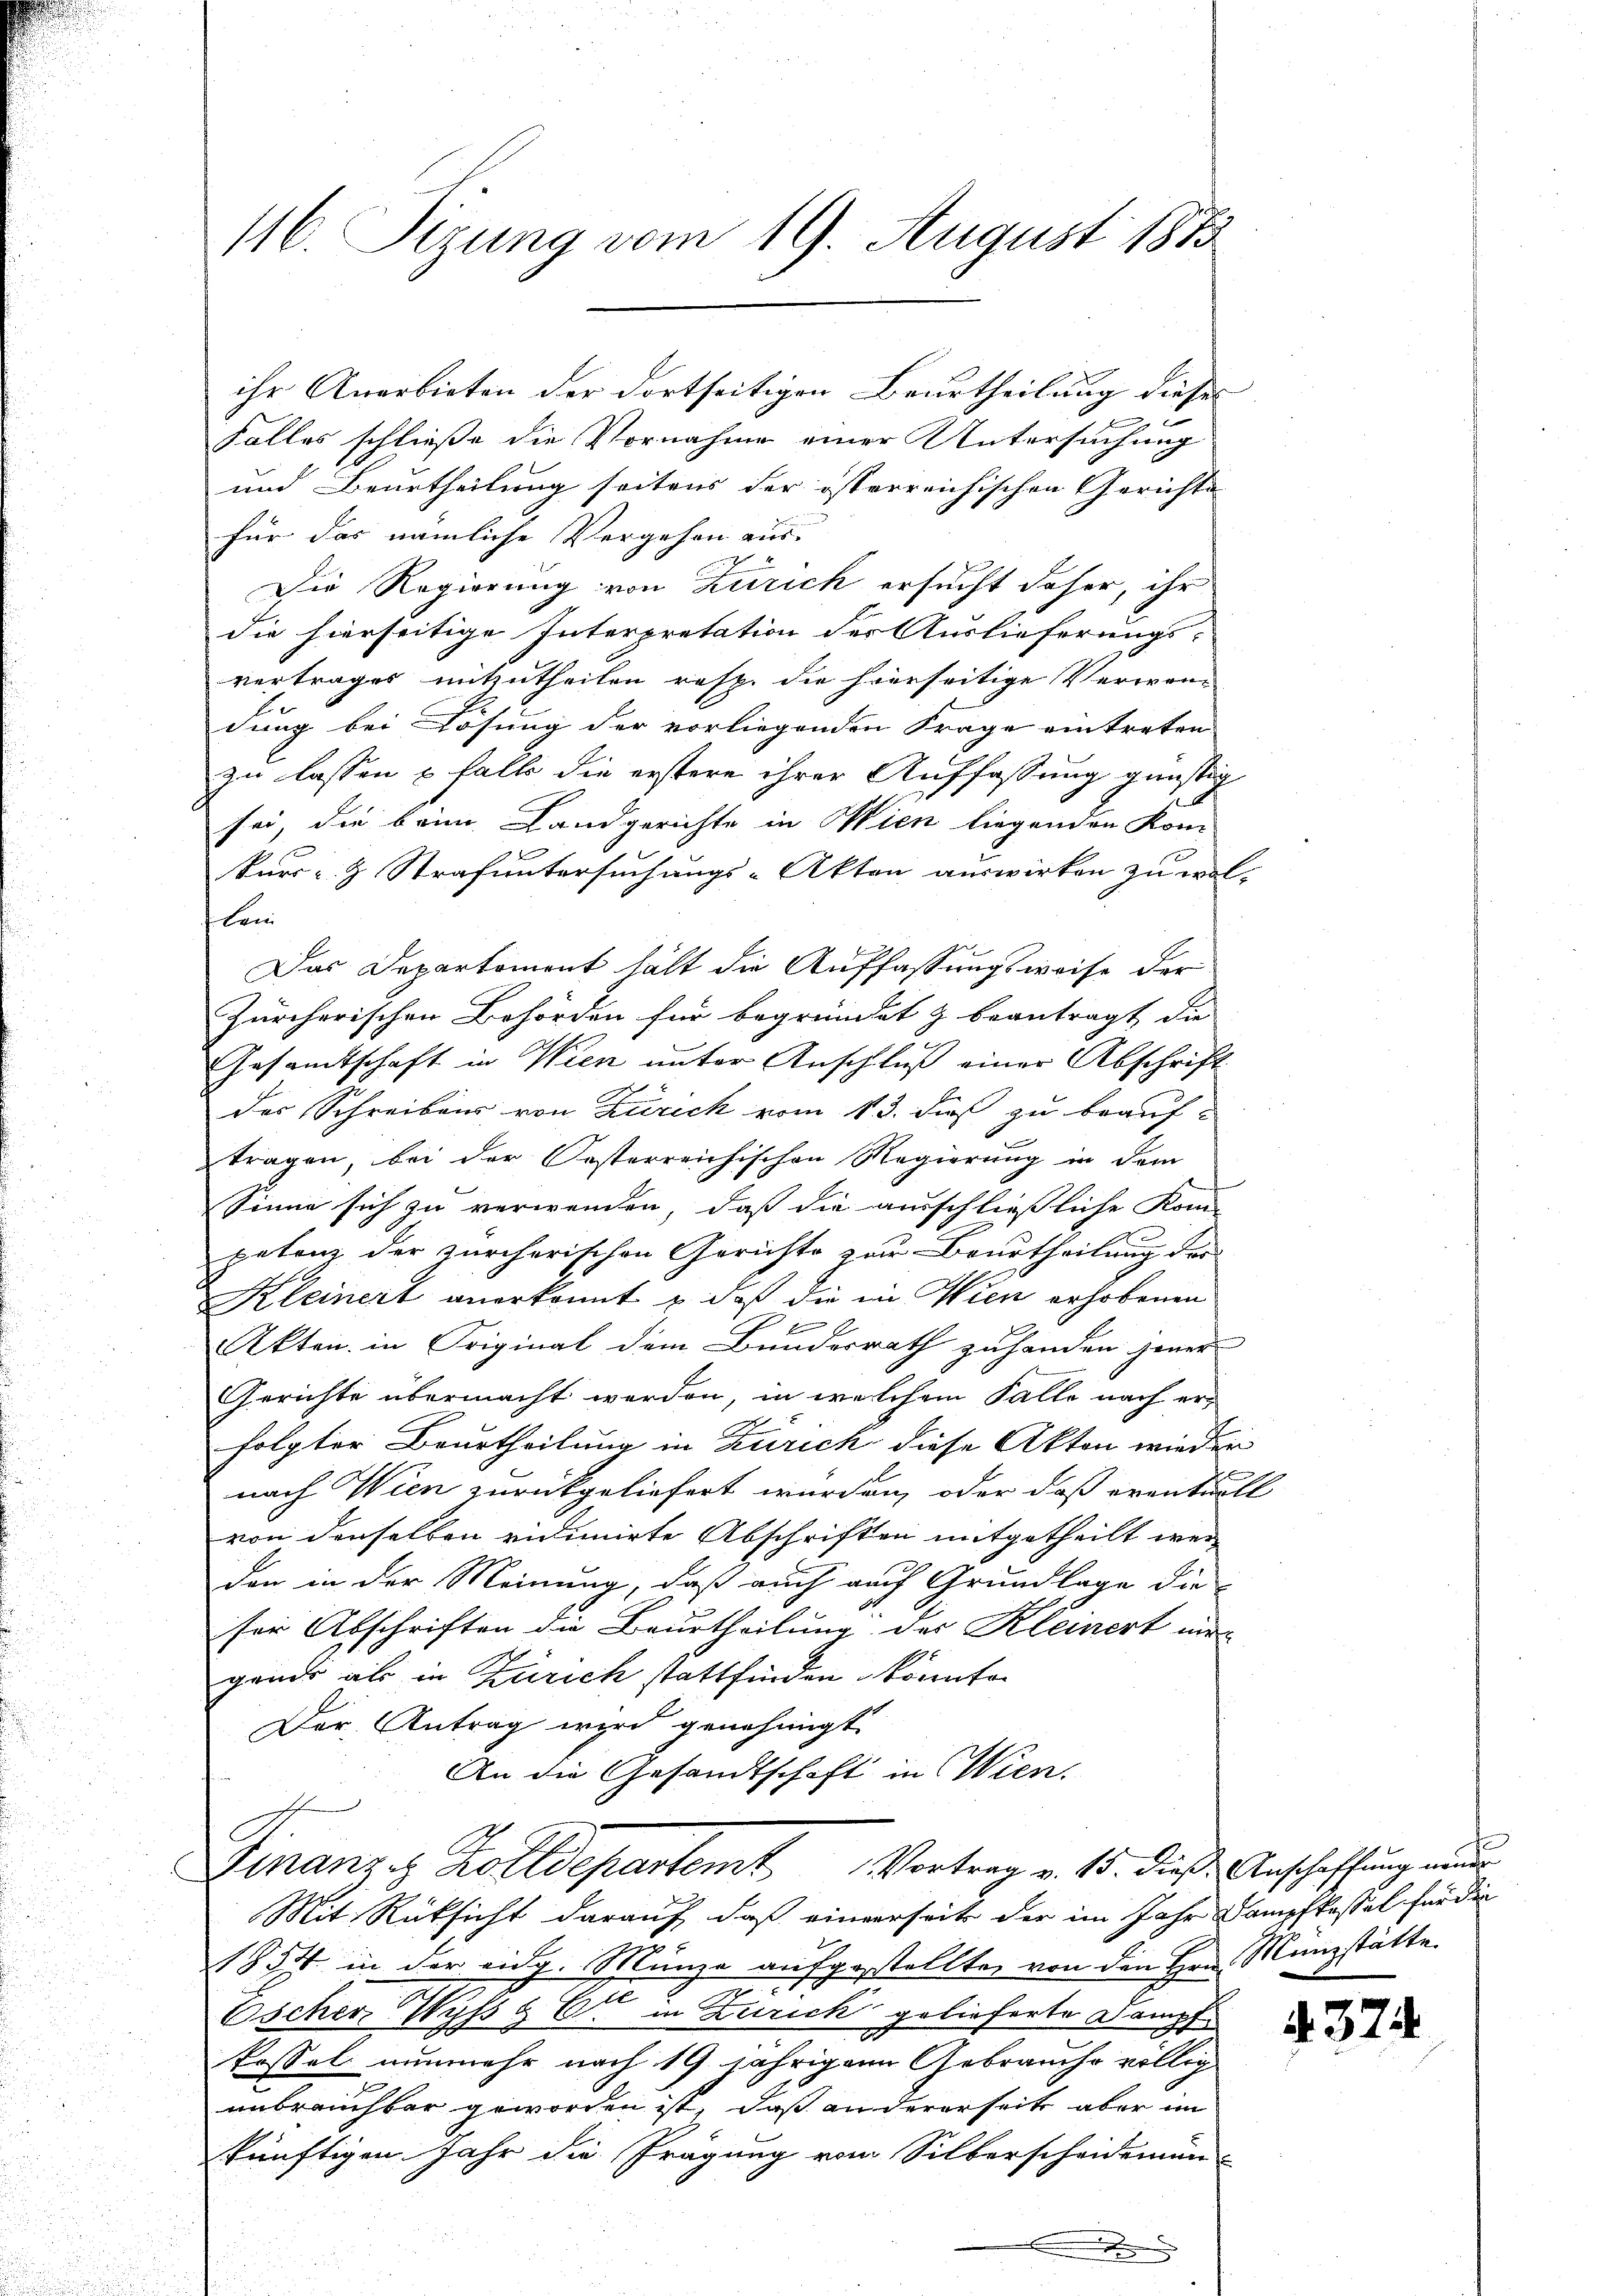
116. Sizung vom 19. August 1873

Falles schließe die Vornahme einer Untersuchung
und Beurtheilung seitens der österreichischen Gerichte
für das nämliche Vergehen aus.
Die Regierung von Zürich ersucht daher, ihr
die hierseitige Interpretation der Auslieferungs-
vertrages mitzutheilen resp. die hierseitige Verwendung bei Lösung der vorliegenden Frage eintreten
zu lassen u falls die erstere ihrer Auffassung günstig
sei, die bein Landgerichte in Wien liegenden Kom
Kurs- & Strafuntersuchungs-Akten auswirken zu wol-
Bein
Das Departement hält die Auffassungsweise der
Zürcherischen Behörden für begründet & beantragt die
Gesamtschaft in Wien unter Anschluß einer Abschrift
des Schreibens von Zürich vom 13. dieß zu beauftragen, bei der Oesterreichischen Regierung in dem
Sinne sich zu verwenden, daß die ausschließliche Kom-
petenz der zürcherischen Gerichte zur Beurtheilung des
Kleinert anerkannt & daß die in Wien erhobenen
Ein
Akten in Original dem Bundesrath zuhanden jener
Gerichte übermacht werden, in welchem Falle nach er-
folgter Beurtheilung in Zürich diese Akten wieder
nach Wien zurückgeliefert wurden, oder daß eventuell
von denselben vicinirte Abschriften mitgetheilt wer
den in der Meinung, daß auch auch Grundlage die
ser Abschriften die Beurtheilung der Kleinert un
gends als in Zürich stattfinden könnte.
Der Antrag wird genehmigt.
An die Gesandtschaft in Wien.
Finanzig Kolldepartemt Vortrag v. 15. dieß Anschaffung einer
Mit Rücksicht darauf, daß einverseits der im Jahr Dampfkassel für die
1854 in der eidg. Münze aufgestellten von den Hrn. Manzstätte.
Escher Wyss & Cie in Zürich gelieferte Dampf
kassel nunmehr nach 19 jährigen Gebraucho völlig
unbrauchbar geworden ist, daß andererseits aber im
künftigen Jahr die Prägung vom Silberscheidemun

ihr Anerbieten der dortseitigen Beurtheilung dieses

.
e

.

4374